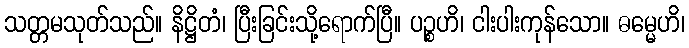
သတ္တမသုတ်သည်။ နိဋ္ဌိတံ၊ ပြီးခြင်းသို့ရောက်ပြီ။ ပဉ္စဟိ၊ ငါးပါးကုန်သော။ ဓမ္မေဟိ၊